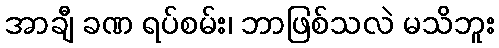
အာချီ ခဏ ရပ်စမ်း၊ ဘာဖြစ်သလဲ မသိဘူး